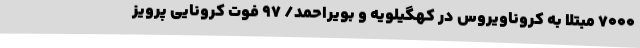
7000 مبتلا به کروناویروس در کهگیلویه و بویراحمد/ 97 فوت کرونایی پرویز